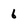
Character: 6